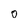
Character: o